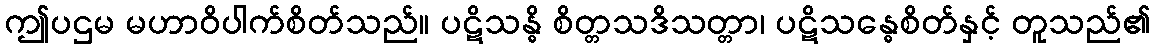
ဤပဌမ မဟာဝိပါက်စိတ်သည်။ ပဋိသန္ဓိ စိတ္တသဒိသတ္တာ၊ ပဋိသန္ဓေစိတ်နှင့် တူသည်၏